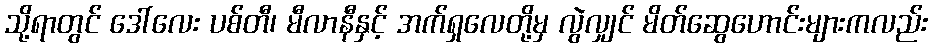
သို့ရာတွင် ဒေါ်လေး ပစ်တီ၊ မီလာနီနှင့် အက်ရှလေတို့မှ လွဲလျှင် မိတ်ဆွေဟောင်းများကလည်း